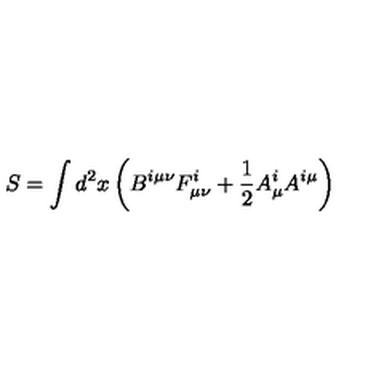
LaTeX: S = \int d ^ { 2 } x \left( B ^ { i \mu \nu } F _ { \mu \nu } ^ { i } + \frac { 1 } { 2 } A _ { \mu } ^ { i } A ^ { i \mu } \right)